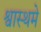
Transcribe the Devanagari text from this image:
श्वास्थमे